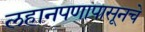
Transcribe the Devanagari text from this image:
लहानपणापासूनचे